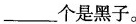
___个是黑子。